Lunatic asylums Bombay report 1891-1903 - 1891-1903
Year: 1891
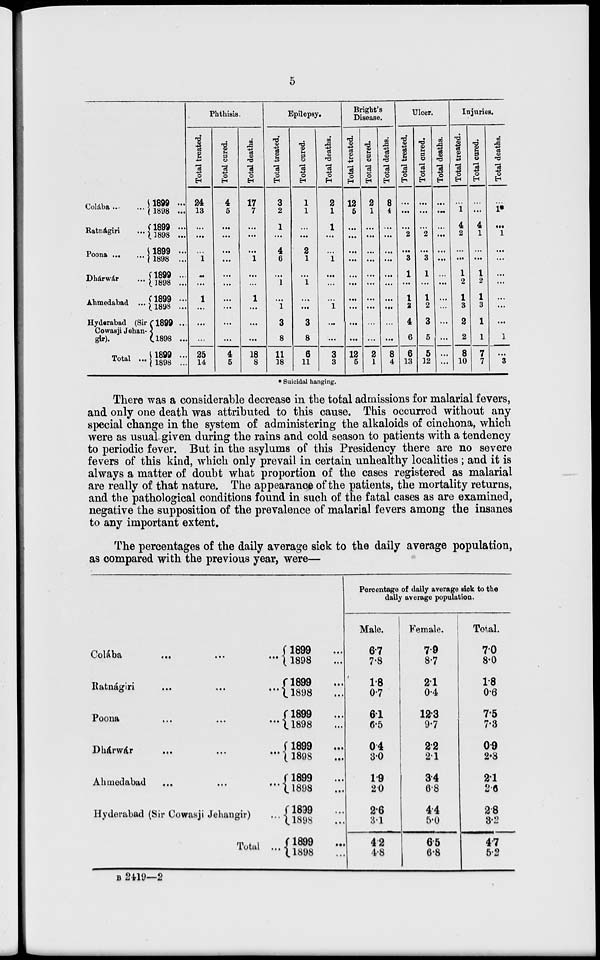
5
Colába ... ...
Ratnágiri
...
Poona
...
...
Dhárwár ... ...
Ahmedabad ...
Hyderabad (Sir
Cowasji Jehan-
gir).
Total ...
1899 ...
1898 ...
1899 ...
1898 ...
1899 ...
1898 ...
1899 ...
1898 ...
1899 ...
1898 ...
l899 ...
1898 ...
1899 ...
1898 ...
Phthisis.
Total treated.
24
13
...
...
...
1
...
...
1
...
...
...
25
14
Total cured.
4
5
...
...
...
...
...
...
...
...
...
...
4
5
Total deaths.
17
7
...
...
...
1
...
...
1
...
...
...
18
8
Epilepsy.
Total treated.
3
2
1
...
4
6
...
1
...
1
3
8
11
18
Total cured.
1
1
...
...
2
1
...
1
...
...
3
8
6
11
Total deaths.
2
1
1
...
...
1
...
...
...
1
...
...
3
3
Bright's
Disease.
Total treated.
12
5
...
...
...
...
...
...
...
...
...
...
12
5
Total cured.
2
1
...
...
...
...
...
...
...
...
...
...
2
1
Total deaths.
8
4
...
...
...
...
...
...
...
...
...
...
8
4
Ulcer.
Total treated.
...
...
...
2
...
3
1
...
1
2
4
6
6
13
Total cured.
...
...
...
2
...
3
1
...
1
2
3
5
5
12
Total deaths.
...
...
...
...
...
...
...
...
...
...
...
...
...
...
Injuries.
Total treated.
...
1
4
2
...
...
1
2
1
3
2
2
8
10
Total cured.
...
...
4
1
...
...
1
2
1
3
1
1
7
7
Total deaths.
...
1*
...
1
...
...
...
...
...
...
...
1
...
3
* Suicidal hanging.
There was a considerable decrease in the total admissions for malarial fevers,
and only one death was attributed to this cause. This occurred without any
special change in the system of administering the alkaloids of cinchona, which
were as usual given during the rains and cold season to patients with a tendency
to periodic fever. But in the asylums of this Presidency there are no severe
fevers of this kind, which only prevail in certain unhealthy localities ; and it is
always a matter of doubt what proportion of the cases registered as malarial
are really of that nature. The appearance of the patients, the mortality returns,
and the pathological conditions found in such of the fatal cases as are examined,
negative the supposition of the prevalence of malarial fevers among the insanes
to any important extent.
The percentages of the daily average sick to the daily average population,
as compared with the previous year, were—
Colába
...
...
...
Ratnágiri
...
...
...
Poona
...
...
...
Dhárwár
...
...
...
Ahmedabad
...
...
...
Hyderabad (Sir Cowasji Jehangir) ...
Total ...
1899 ...
1898 ...
1899...
1898...
1899 ...
1898 ...
1899...
1898 ...
1899 ...
1898 ...
1899 ...
1898 ...
1899 ...
1898 ...
Percentage of daily average sick to the
daily average population.
Male.
6.7
7.8
1.8
0.7
6.1
6.5
0.4
3.0
1.9
2.0
2.6
3.1
4.2
4.8
Female.
7.9
8.7
2.1
0.4
12.3
9.7
2.2
2.1
3.4
6.8
4.4
5.0
6.5
6.8
Total.
7.0
8.0
1.8
0.6
7.5
7.3
0.9
2.3
2.1
2.6
2.8
3.2
4.7
5.2
B 2419—2